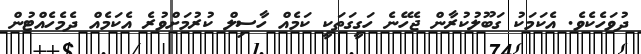
ދުވަހެކެވެ. އެކަމަކު ގަބޫލުކުރާން ޖެހޭނެ ހަގީގަތަކީ ކަމެއް ހާސިލް ކުރުމަށްވުރެ އެކަމެއް ދެމެހެއްޓުން